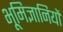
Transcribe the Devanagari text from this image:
भूमिज्ञानियों